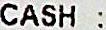
CASH :